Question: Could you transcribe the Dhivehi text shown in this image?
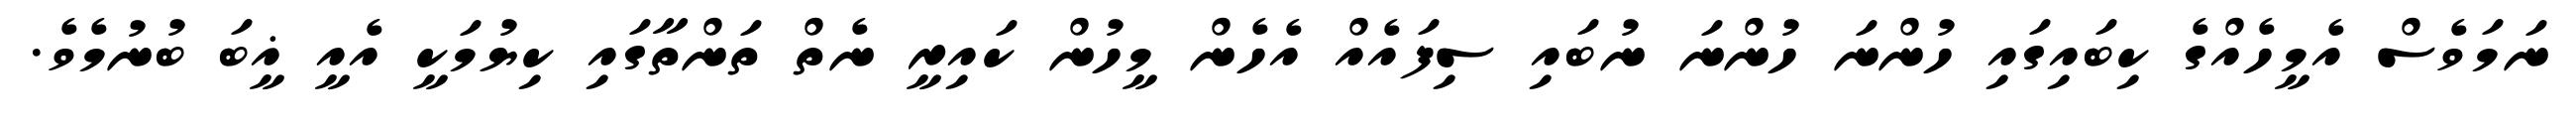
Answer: ނަމަވެސް އެމީހެއްގެ ކިބައިގައި ހުންނަ ހުންނަ ނުބައި ސިފައެއް އެހެން މީހުން ކައިރީ ނެތް ތަންތާގައި ކިޔުމަކީ އެއީ ޣީބަ ބުނުމެވެ.